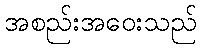
အစည်းအဝေးသည်